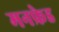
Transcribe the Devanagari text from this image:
मनफ्रेड